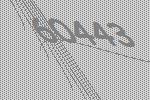
60443